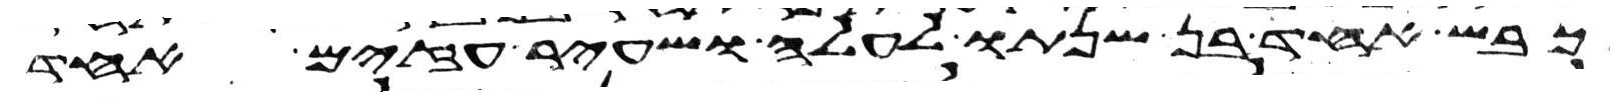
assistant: כבש אחד בן שנתו לעלה ושעיר עזים אחד